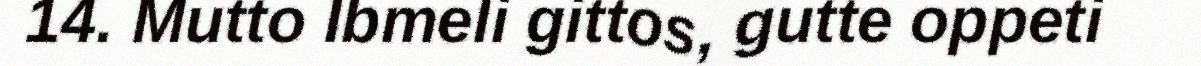
14. Mutto Ibmeli gittos, gutte oppeti